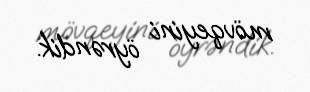
mövqeyini öyrəndik.